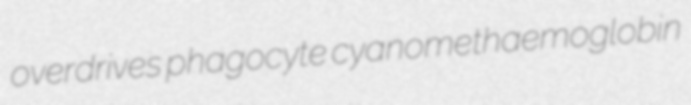
overdrives phagocyte cyanomethaemoglobin